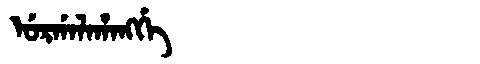
Manchu: ᡠᡵᡤᠠᠯᠠᡥᠠᠩᡤᡝ
Romanization: URGALAHANGGE